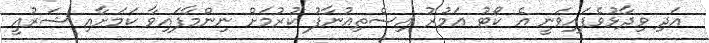
އަދި ވިދާޅުވެފައިވަނީ އެ ކޯޓު އަމުރު އިސްތިއުނާފު ކުރުމަށް ނިންމާފައިވާ ކަމަށާއި ޝަރުއީ